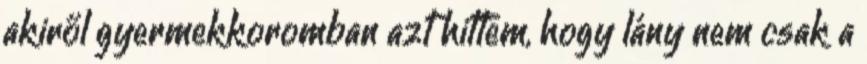
akiről gyermekkoromban azt hittem, hogy lány nem csak a